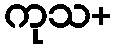
ကုသ+